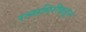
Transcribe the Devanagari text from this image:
रत्नागिरीकडून